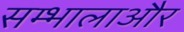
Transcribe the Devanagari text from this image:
सम्भालाऔर